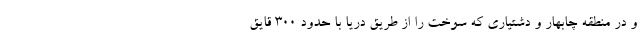
و در منطقه چابهار و دشتیاری که سوخت را از طریق دریا با حدود 300 قایق